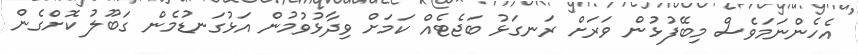
އެހެންނަމަވެސް މިބޭފުޅުން ވަރަށް ރަނގަޅު ބަޖެޓެއް ކަމަށް ވިދާޅުވުމުން އަޅުގަނޑުމެން ގަބޫލު ކޮށްގެން